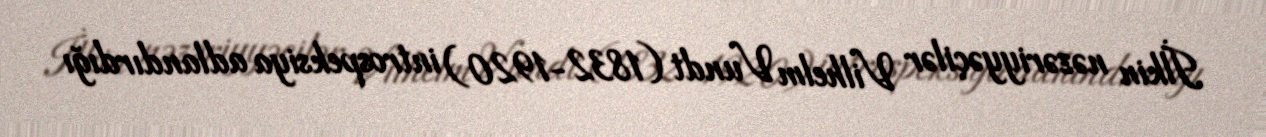
İlkin nəzəriyyəçilər Vilhelm Vundt (1832-1920) introspeksiya adlandırdığı